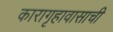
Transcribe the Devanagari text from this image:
कारागृहावासाची